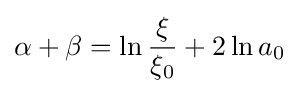
\alpha +\beta =\ln {\frac {\xi }{\xi _{0}}}+2\ln a_{0}